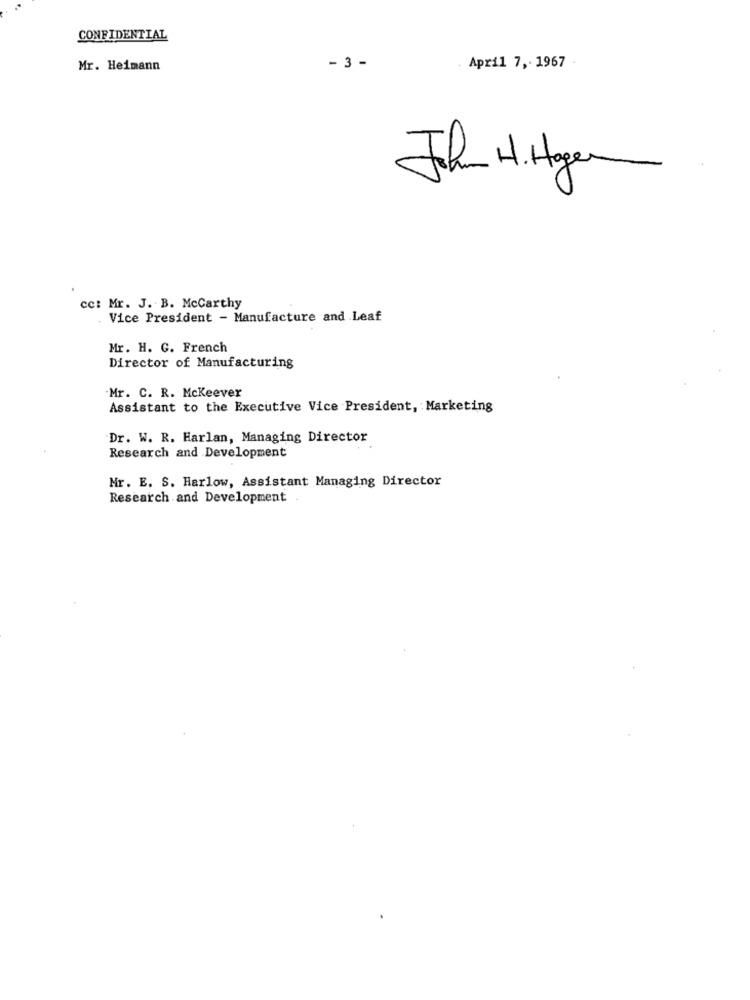
CONFIDENTIAL
Mr. Heimann
- 3 -
April 7, 1967
John H.Hagen
cc: Mr. J. B. Mccarthy
Vice President - Manufacture and Leaf
Mr. H. G. French
Director of Manufacturing
Mr. C. R. Mckeever
Assistant to the Executive Vice President, Marketing
Dr. W. R. Harlan, Managing Director
Research and Development
Mr. E. S. Harlow, Assistant Managing Director
Research and Development